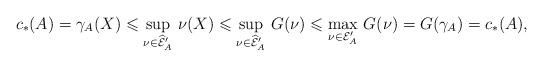
LaTeX: \begin{align*}c_*(A)=\gamma_A(X)\leqslant\sup_{\nu\in\widehat{\mathcal E}'_A}\,\nu(X)\leqslant\sup_{\nu\in\widehat{\mathcal E}'_A}\,G(\nu)\leqslant\max_{\nu\in\mathcal E'_A}\,G(\nu)=G(\gamma_A)=c_*(A),\end{align*}